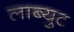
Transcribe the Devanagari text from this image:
लाब्युट